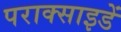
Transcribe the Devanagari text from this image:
पराक्साइडें